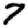
Digit: 7